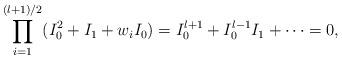
LaTeX: \begin{align*}\prod_{i=1}^{(l+1)/2} (I_0^2 + I_1 + w_i I_0) =I_0^{l+1} + I_0^{l-1} I_1 + \cdots = 0, \end{align*}